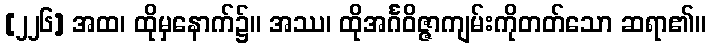
[၂၂၆] အထ၊ ထိုမှနောက်၌။ အဿ၊ ထိုအင်္ဂဝိဇ္ဇာကျမ်းကိုတတ်သော ဆရာ၏။